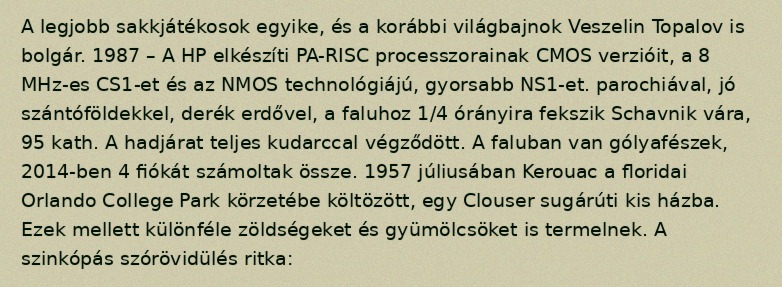
A legjobb sakkjátékosok egyike, és a korábbi világbajnok Veszelin Topalov is bolgár. 1987 – A HP elkészíti PA-RISC processzorainak CMOS verzióit, a 8 MHz-es CS1-et és az NMOS technológiájú, gyorsabb NS1-et. parochiával, jó szántóföldekkel, derék erdővel, a faluhoz 1/4 órányira fekszik Schavnik vára, 95 kath. A hadjárat teljes kudarccal végződött. A faluban van gólyafészek, 2014-ben 4 fiókát számoltak össze. 1957 júliusában Kerouac a floridai Orlando College Park körzetébe költözött, egy Clouser sugárúti kis házba. Ezek mellett különféle zöldségeket és gyümölcsöket is termelnek. A szinkópás szórövidülés ritka: